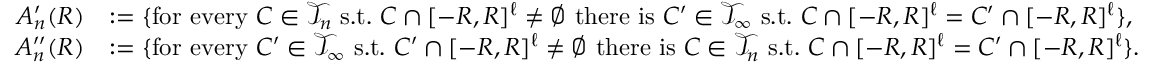
\begin{array} { r l } { A _ { n } ^ { \prime } ( R ) } & { : = \{ \mathrm { f o r ~ e v e r y ~ } C \in \mathcal { T } _ { n } \mathrm { ~ s . t . ~ } C \cap [ - R , R ] ^ { \ell } \neq \varnothing \mathrm { ~ t h e r e ~ i s ~ } C ^ { \prime } \in \mathcal { T } _ { \infty } \mathrm { ~ s . t . ~ } C \cap [ - R , R ] ^ { \ell } = C ^ { \prime } \cap [ - R , R ] ^ { \ell } \} , } \\ { A _ { n } ^ { \prime \prime } ( R ) } & { : = \{ \mathrm { f o r ~ e v e r y ~ } C ^ { \prime } \in \mathcal { T } _ { \infty } \mathrm { ~ s . t . ~ } C ^ { \prime } \cap [ - R , R ] ^ { \ell } \neq \varnothing \mathrm { ~ t h e r e ~ i s ~ } C \in \mathcal { T } _ { n } \mathrm { ~ s . t . ~ } C \cap [ - R , R ] ^ { \ell } = C ^ { \prime } \cap [ - R , R ] ^ { \ell } \} . } \end{array}